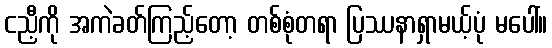
ငညီ့ကို အကဲခတ်ကြည့်တော့ တစ်စုံတရာ ပြဿနာရှာမယ့်ပုံ မပေါ်။